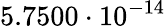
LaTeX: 5.7500\cdot 10^{-14}